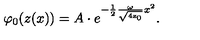
\varphi _ { 0 } ( z ( x ) ) = A \cdot e ^ { - \frac 1 2 \frac { \omega } { \sqrt { \mathrm { \scriptsize 4 z _ 0 } } } x ^ { 2 } } .